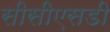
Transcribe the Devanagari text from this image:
सीसीएसडी